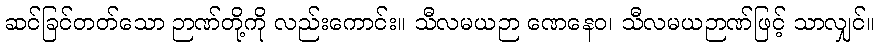
ဆင်ခြင်တတ်သော ဉာဏ်တို့ကို လည်းကောင်း။ သီလမယဉာ ဏေနေဝ၊ သီလမယဉာဏ်ဖြင့် သာလျှင်။